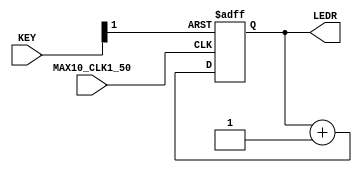
module counter(MAX10_CLK1_50, KEY, LEDR);

input           MAX10_CLK1_50;
input   [1:0]   KEY;
output  [9:0]   LEDR;

reg     [9:0] cnt;

wire    sys_clk     = MAX10_CLK1_50;
wire    sys_rst_n   = KEY[1];

assign LEDR = cnt;

always @(posedge sys_clk, negedge sys_rst_n) begin
    if(~sys_rst_n) begin
        cnt <= 10'd0;
    end else begin
        cnt <= cnt + 1'b1;
    end
end


endmodule